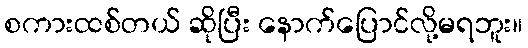
စကားထစ်တယ် ဆိုပြီး နောက်ပြောင်လို့မရဘူး။